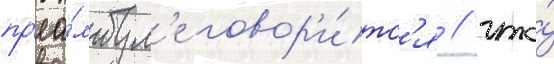
пр'еа́мбул'е говор'и́тс'я / что́